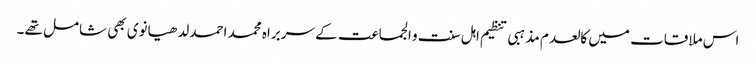
اس ملاقات میں کالعدم مذہبی تنظیم اہل سنت و الجماعت کے سربراہ محمد احمد لدھیانوی بھی شامل تھے۔